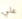
علي